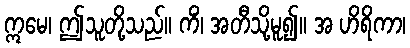
ဣမေ၊ ဤသူတို့သည်။ ကိံ၊ အတီသို့မူ၍။ အ ဟိရိကာ၊